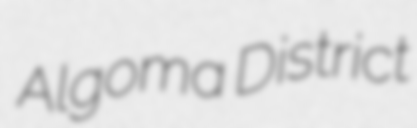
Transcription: Algoma District